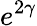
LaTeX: e^{2\gamma}